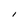
Character: I